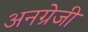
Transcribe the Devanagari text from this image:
अनग्रेजी